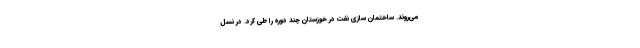
می‌روند. ساختمان سازیِ نفت در خوزستان چند دوره را طی کرد. در نسلِ